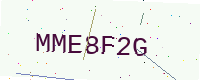
Text: MME8F2G